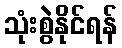
သုံးစွဲနိုင်ရန်